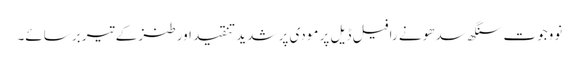
نووجوت سنگھ سدھو نے رافیل ڈیل پر مودی پر شدید تنقید اور طنز کے تیر برسائے۔